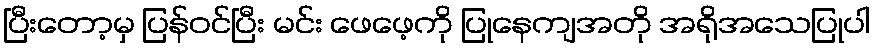
ပြီးတော့မှ ပြန်ဝင်ပြီး မင်း ဖေဖေ့ကို ပြုနေကျအတို အရိုအသေပြုပါ